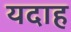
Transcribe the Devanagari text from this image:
यदाह